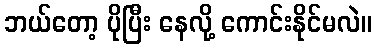
ဘယ်တော့ ပိုပြီး နေလို့ ကောင်းနိုင်မလဲ။